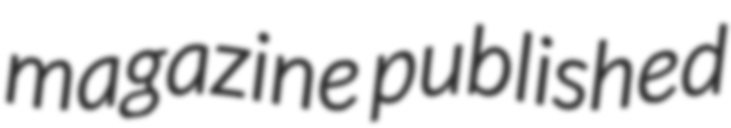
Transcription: magazine published